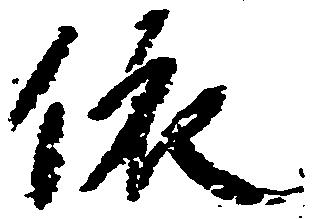
依